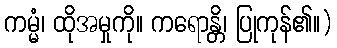
ကမ္မံ၊ ထိုအမှုကို။ ကရောန္တိ၊ ပြုကုန်၏။)